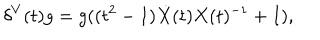
\delta ^ { V } ( t ) g = g ( ( t ^ { 2 } - 1 ) \dot { X } ( t ) X ( t ) ^ { - 1 } + I ) ,